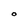
Character: O